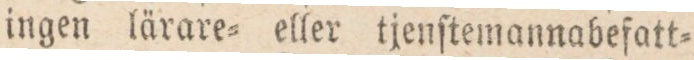
ingen lärare= eller tjenſtemannabefatt=